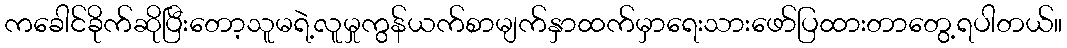
ကခေါင်ခိုက်ဆိုပြီးတော့သူမရဲ့လူမှုကွန်ယက်စာမျက်နှာထက်မှာရေးသားဖော်ပြထားတာတွေ့ရပါတယ်။